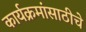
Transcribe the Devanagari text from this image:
कार्यक्रमांसाठीचे